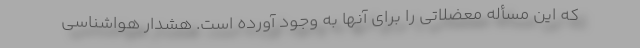
که این مسأله معضلاتی را برای آنها به وجود آورده است. هشدار هواشناسی